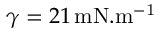
\gamma = 2 1 \, \mathrm { m N . m ^ { - 1 } }